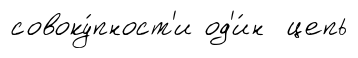
совоку́пност'и од'и́н цепь